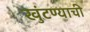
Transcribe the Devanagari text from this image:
खुंटण्याची